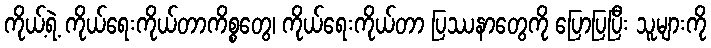
ကိုယ့်ရဲ့ ကိုယ်ရေးကိုယ်တာကိစ္စတွေ၊ ကိုယ်ရေးကိုယ်တာ ပြဿနာတွေကို ပြောပြပြီး သူများကို